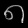
Digit: ၈